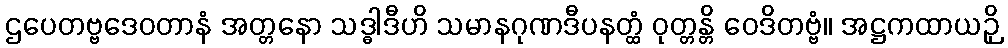
ဌပေတဗ္ဗဒေဝတာနံ အတ္တနော သဒ္ဓါဒီဟိ သမာနဂုဏဒီပနတ္ထံ ဝုတ္တန္တိ ဝေဒိတဗ္ဗံ။ အဋ္ဌကထာယဉှိ